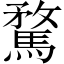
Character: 騖